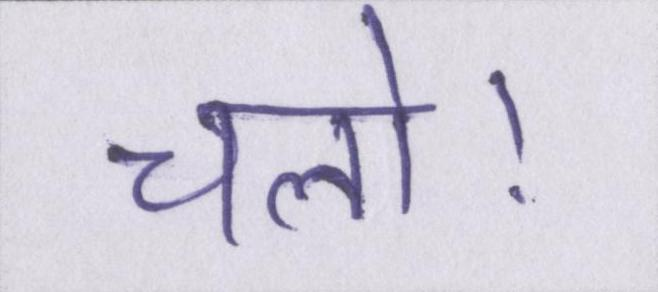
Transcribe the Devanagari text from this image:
चलो।